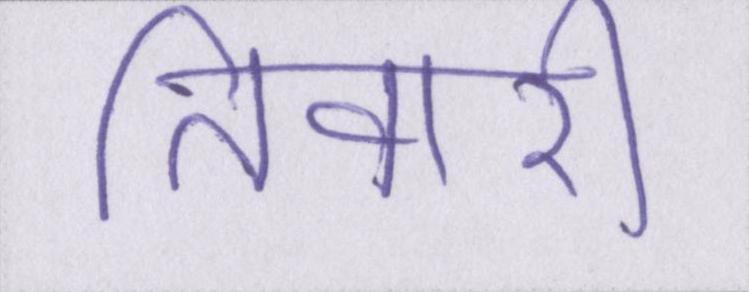
तिवारी